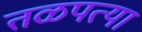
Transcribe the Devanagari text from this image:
तळपत्या